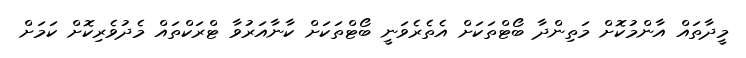
މީދާތައް އާންމުކޮށް މަތިންދާ ބޯޓްތަކަށް އެތެރެވަނީ ބޯޓްތަކަށް ކާނާއަރުވާ ޓްރަކްތައް މެދުވެރިކޮށް ކަމަށް